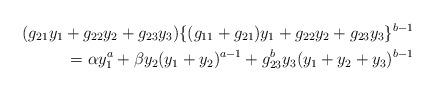
LaTeX: \begin{align*}(g_{21}y_1+g_{22}y_2+g_{23}y_3)\{(g_{11}+g_{21})y_1+g_{22}y_2+g_{23}y_3\}^{b-1}\\=\alpha y_1^a+\beta y_2(y_1+y_2)^{a-1}+g_{23}^b y_3(y_1+y_2+y_3)^{b-1}\end{align*}